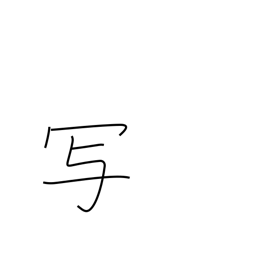
Meaning: be photographed